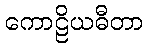
ကောဠိယဓီတာ